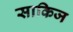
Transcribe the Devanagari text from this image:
साकिज